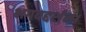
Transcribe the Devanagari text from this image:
भगवद्दर्शन।